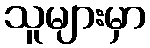
သူများမှာ